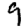
Digit: 9